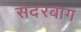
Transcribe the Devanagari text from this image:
सदरबाग